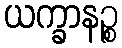
ယက္ခာနဉ္စ